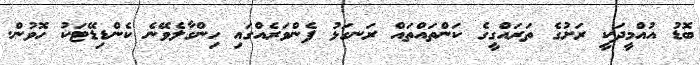
ބޮޑު އުއްމީދަކީ ރަށުގެ ތަރައްގީގެ ކަންތައްތައް ރަނގަޅު ފެންވަރެއްގައި ހިންގާލެވޭނެ ކެންޑިޑޭޓަކު ހޮވުން.